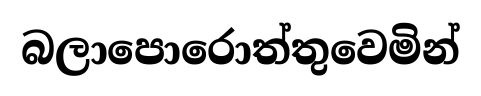
බලාපොරොත්තුවෙමින්